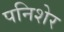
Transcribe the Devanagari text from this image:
पनिशेर